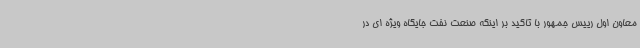
معاون اول رییس جمهور با تاکید بر اینکه صنعت نفت جایگاه ویژه ای در